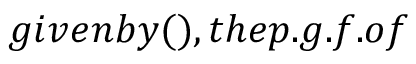
g i v e n b y ( ) , t h e p . g . f . o f